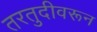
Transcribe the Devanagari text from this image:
तरतुदीवरून